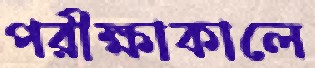
পরীক্ষাকালে